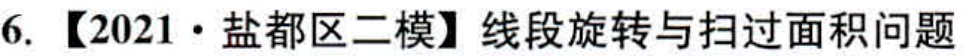
6. 【2021·盐都区二模】线段旋转与扫过面积问题